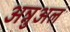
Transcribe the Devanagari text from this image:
अन्नुअल